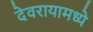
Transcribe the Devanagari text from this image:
देवरायामध्ये